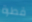
قطرة